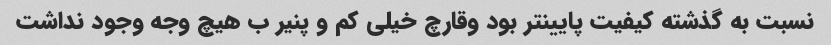
نسبت به گذشته کیفیت پایینتر بود وقارچ خیلی کم و پنیر ب هیچ وجه وجود نداشت